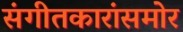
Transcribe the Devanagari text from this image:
संगीतकारांसमोर